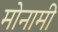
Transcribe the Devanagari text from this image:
मोनामी